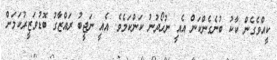
ކީއްވެގެން ކާކު ބުނެގެންކަން އެއީ ނުހޯދުނު ކަންކަމެވެ. އެއީ ނަޖީބު ރައްޒާގު ބޮޑުވަޒީރުކަމަށް